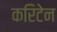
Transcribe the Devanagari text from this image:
करिटेन